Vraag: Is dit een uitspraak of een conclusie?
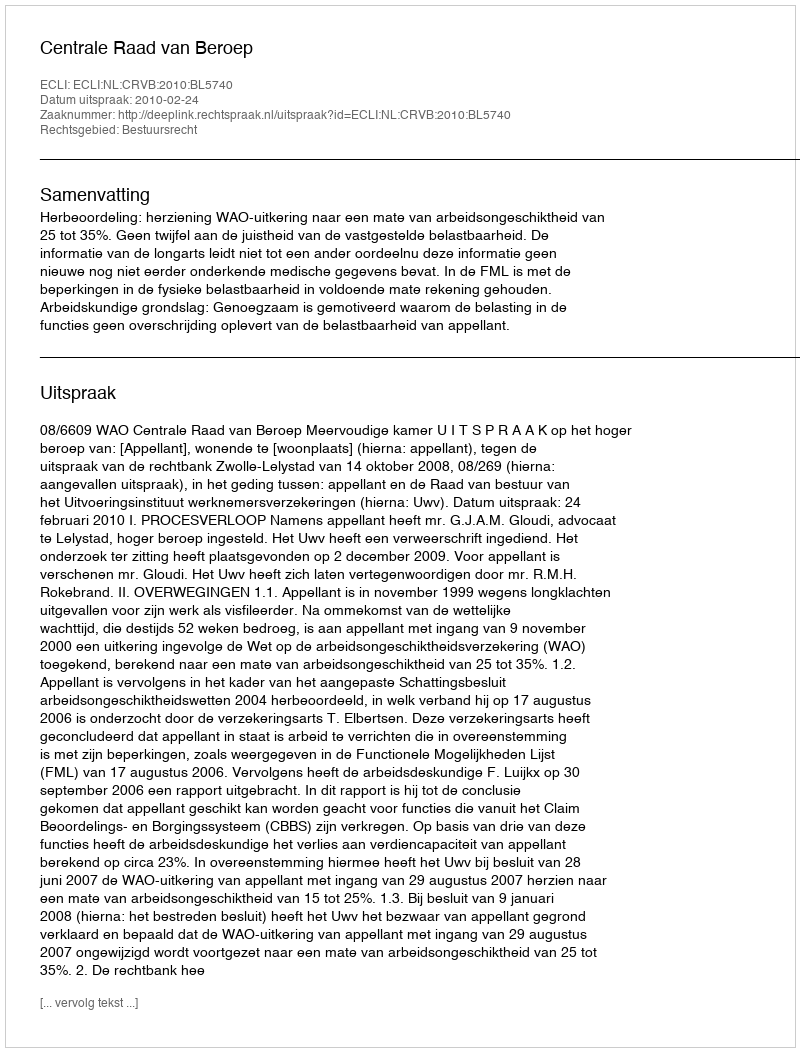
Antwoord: Uitspraak